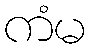
ကံမ